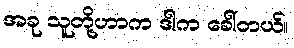
အခု သူတို့ဟာက ဒါက ခေါ်တယ်။